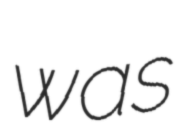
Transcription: was